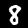
Label: 8